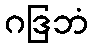
ဂဒြဘံ